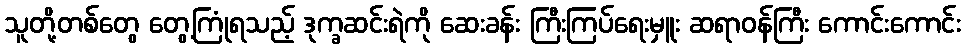
သူတို့တစ်တွေ တွေ့ကြုံရသည့် ဒုက္ခဆင်းရဲကို ဆေးခန်း ကြီးကြပ်ရေးမှူး ဆရာဝန်ကြီး ကောင်းကောင်း